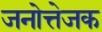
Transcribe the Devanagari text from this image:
जनोत्तेजक